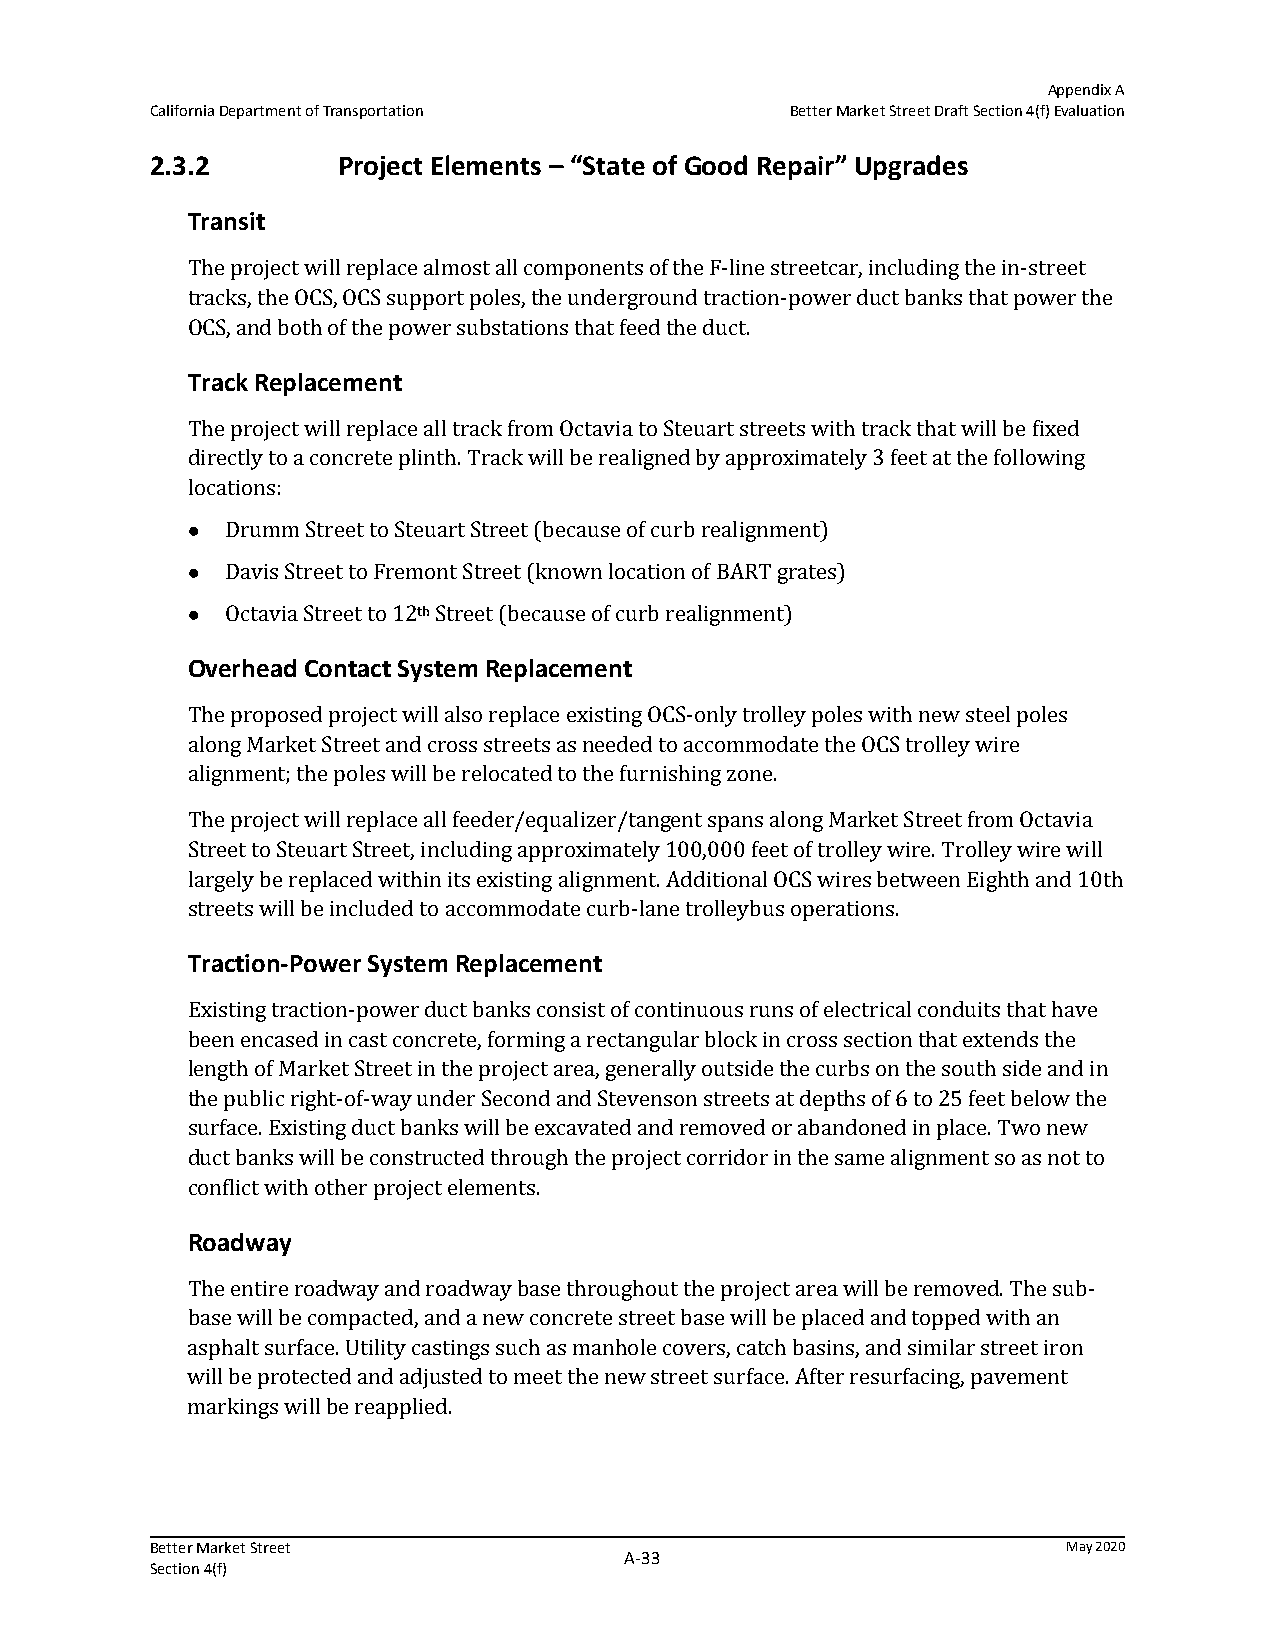
Appendix A
 California Department of Transportation   Better Market Street Draft Section 4(f) Evaluation
 2.3.2       Project Elements – “State of Good Repair” Upgrades
 Transit
 The project will replace almost all components of the F-line streetcar, including the in-street
 tracks, the OCS, OCS support poles, the underground traction-power duct banks that power the
 OCS, and both of the power substations that feed the duct.
 Track Replacement
 The project will replace all track from Octavia to Steuart streets with track that will be fixed
 directly to a concrete plinth. Track will be realigned by approximately 3 feet at the following
 locations:
   Drumm Street to Steuart Street (because of curb realignment)
   Davis Street to Fremont Street (known location of BART grates)
   Octavia Street to 12th Street (because of curb realignment)
 Overhead Contact System Replacement
 The proposed project will also replace existing OCS-only trolley poles with new steel poles
 along Market Street and cross streets as needed to accommodate the OCS trolley wire
 alignment; the poles will be relocated to the furnishing zone.
 The project will replace all feeder/equalizer/tangent spans along Market Street from Octavia
 Street to Steuart Street, including approximately 100,000 feet of trolley wire. Trolley wire will
 largely be replaced within its existing alignment. Additional OCS wires between Eighth and 10th
 streets will be included to accommodate curb-lane trolleybus operations.
 Traction‐Power System Replacement
 Existing traction-power duct banks consist of continuous runs of electrical conduits that have
 been encased in cast concrete, forming a rectangular block in cross section that extends the
 length of Market Street in the project area, generally outside the curbs on the south side and in
 the public right-of-way under Second and Stevenson streets at depths of 6 to 25 feet below the
 surface. Existing duct banks will be excavated and removed or abandoned in place. Two new
 duct banks will be constructed through the project corridor in the same alignment so as not to
 conflict with other project elements.
 Roadway
 The entire roadway and roadway base throughout the project area will be removed. The sub-
 base will be compacted, and a new concrete street base will be placed and topped with an
 asphalt surface. Utility castings such as manhole covers, catch basins, and similar street iron
 will be protected and adjusted to meet the new street surface. After resurfacing, pavement
 markings will be reapplied.
 Better Market Street                                         May 2020
 A‐33
 Section 4(f)